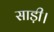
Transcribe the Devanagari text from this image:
साड़ी।